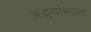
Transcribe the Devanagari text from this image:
अड्डयांबद्दल